Report of the King Institute of Preventive Medicine, Guindy
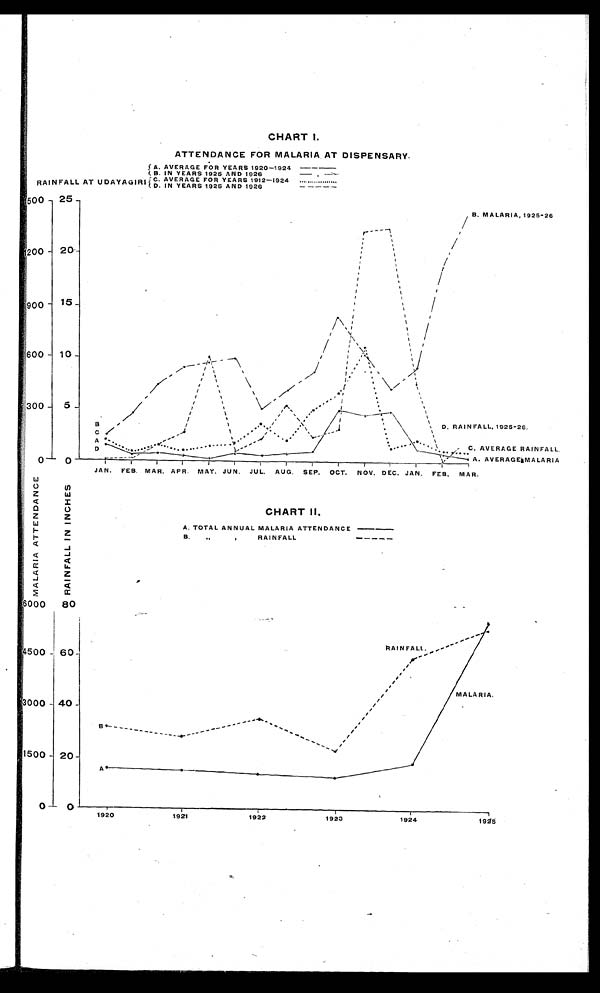
CHART
I.
ATTENDANCE FOR MALARIA . AT DISPENSARY.
RAINFALL AT UDAYAGIRI
A. AVERAGE FOR YEARS 1920-1924
B. IN YEARS 1925 AND 1926
C. AVERAGE FOR YEARS 1912-1924
D. IN YEARS 1925 AND 1926
CHART II,
A.TOTAL ANNUAL MALARIA ATTENDANCE
B.
B. " " RAINFALL